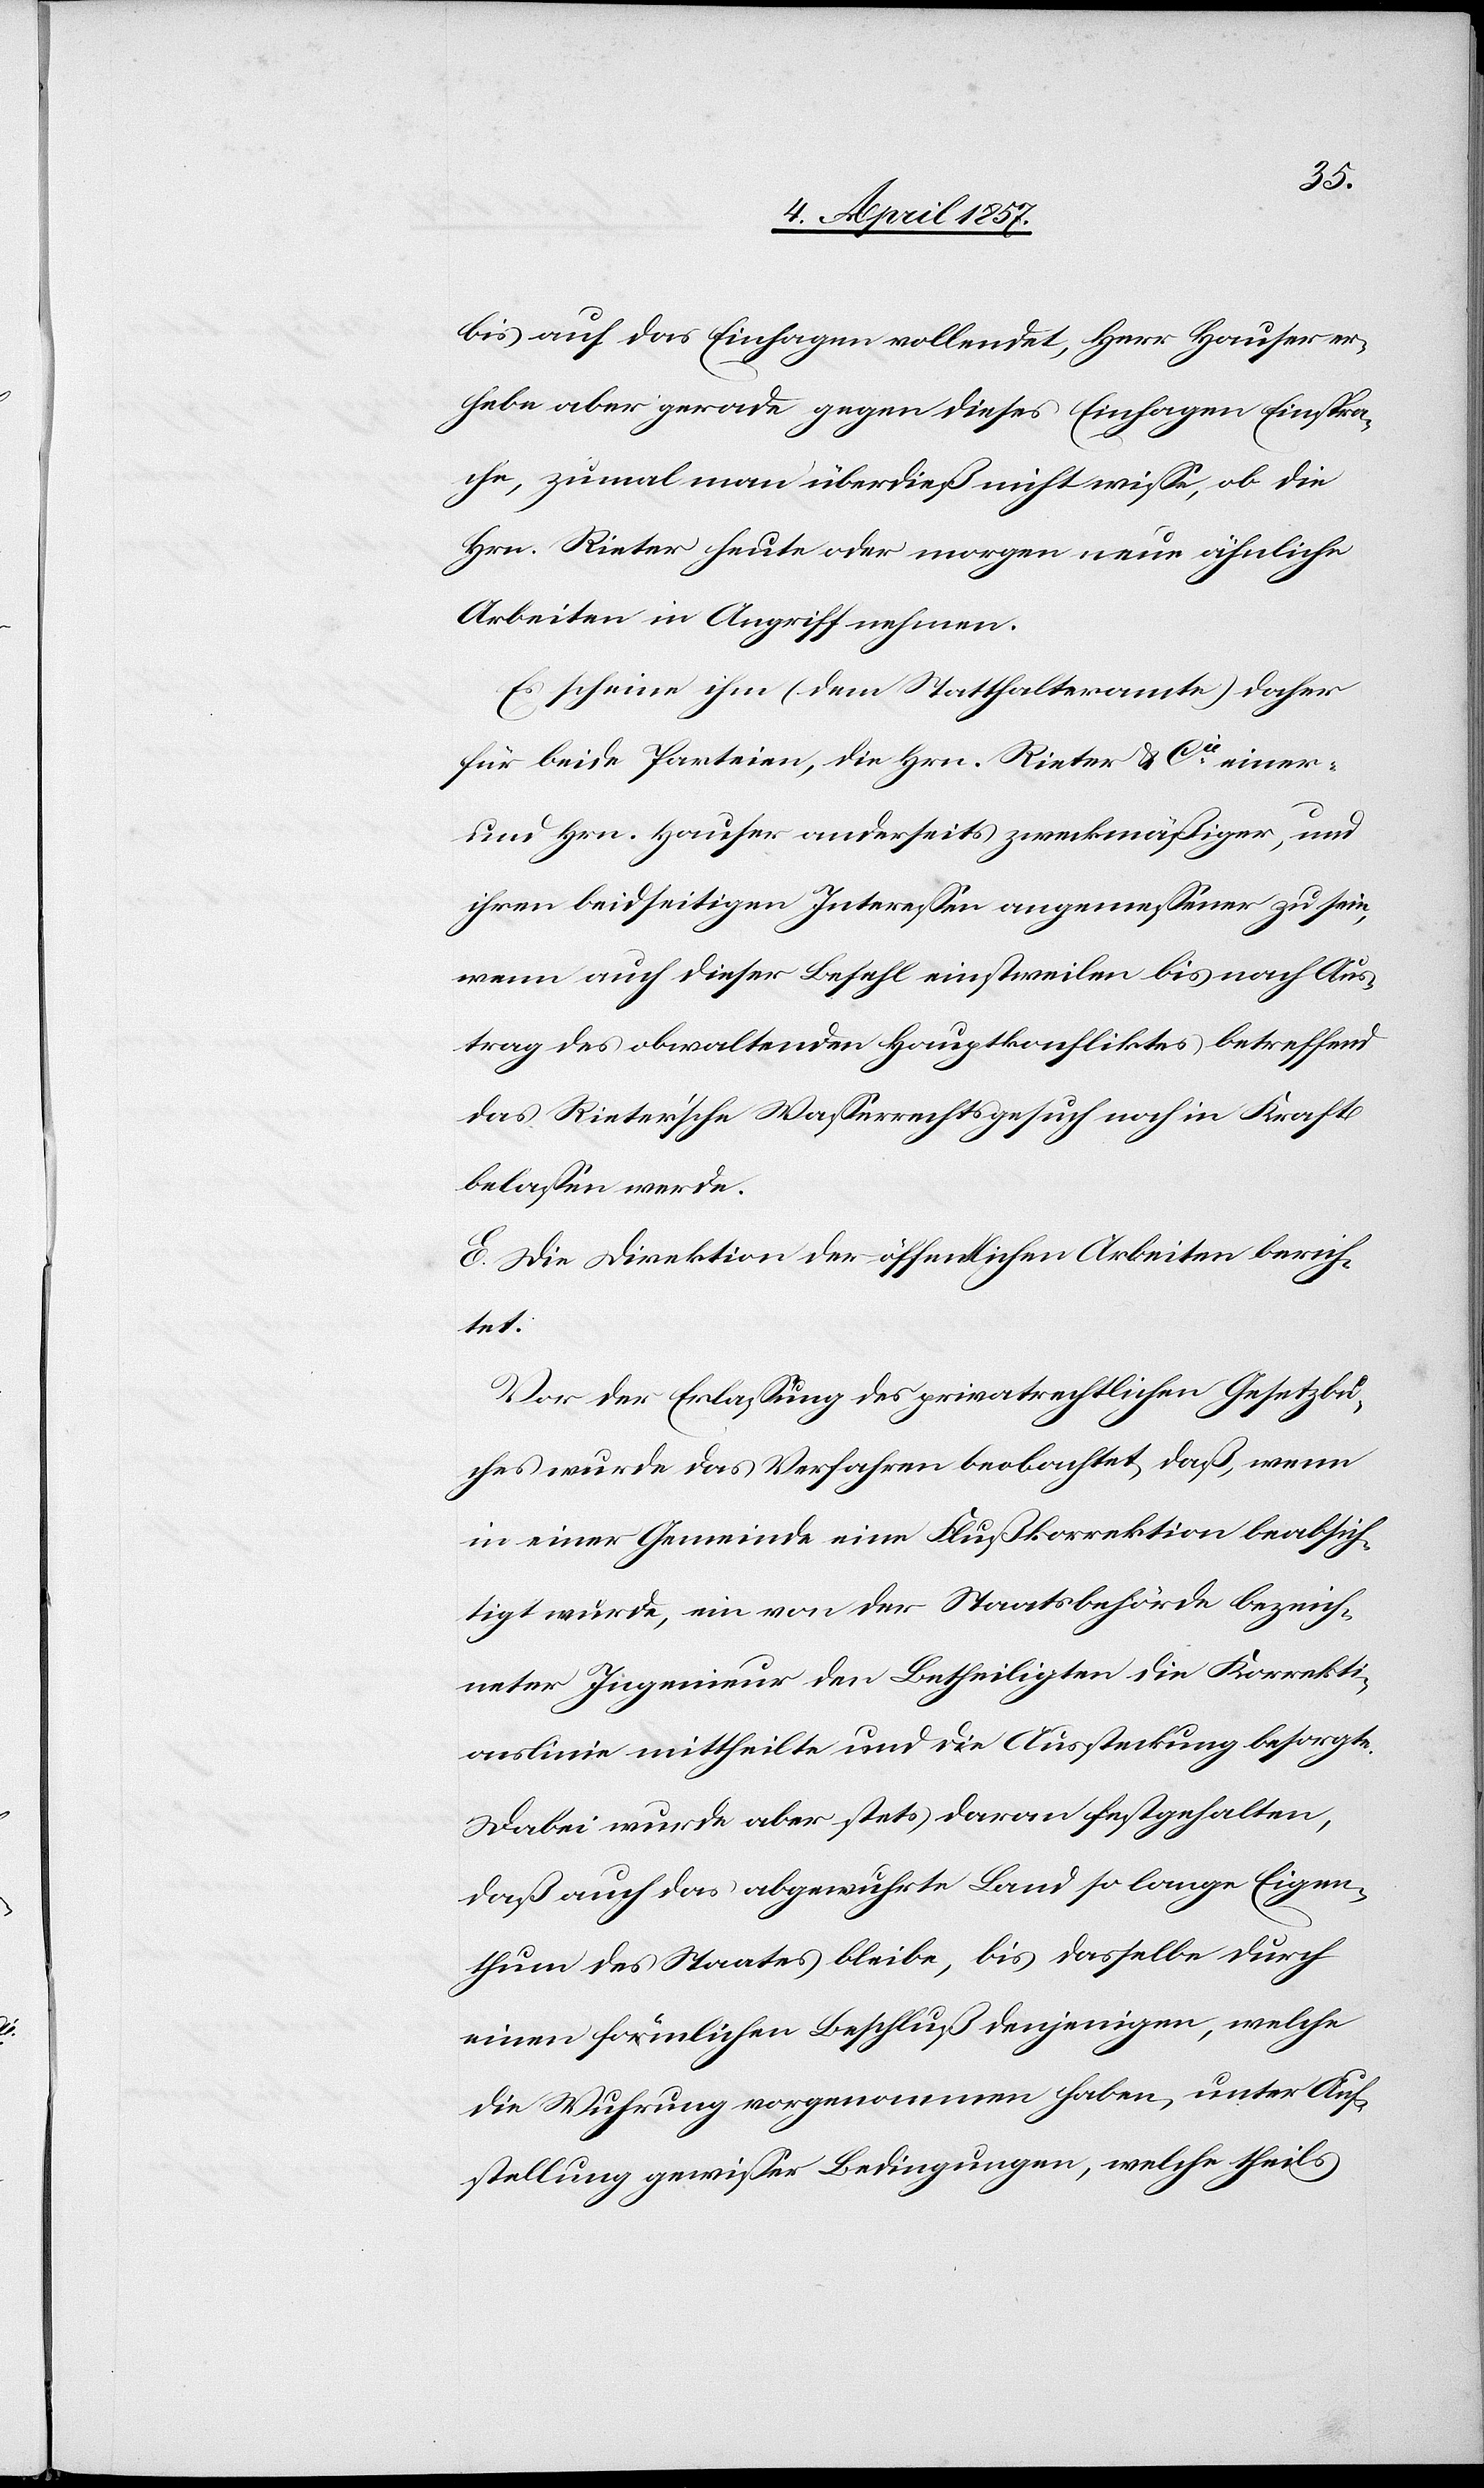
bis auf das Einhagen vollendet, Herr Hauser er¬
hebe aber gerade gegen dieses Einhagen Einspra¬
che, zumal man überdieß nicht wisse, ob die
Hrn. Rieter heute oder morgen neue ähnliche
Arbeiten in Angriff nehmen.
Es scheine ihm (dem Statthalteramte) daher
für beide Parteien, die Hrn. Rieter & Cie einer-
und Hrn. Hauser anderseits zweckmäßiger, und
ihren beidseitigen Interessen angemessener zu sein,
wenn auch dieser Befehl einstweilen bis nach Aus¬
trag des obwaltenden Hauptkonfliktes betreffend
das Rieter'sche Wasserrechtsgesuch noch in Kraft
belassen werde.
E. Die Direktion der öffentlichen Arbeiten berich¬
tet:
Vor der Erlassung des privatrechtlichen Gesetzbu¬
ches wurde das Verfahren beobachtet, daß, wenn
in einer Gemeinde eine Flußkorrektion beabsich¬
tigt wurde, ein von der Staatsbehörde bezeich¬
neter Ingenieur den Betheiligten die Korrekti¬
onslinie mittheilte und die Aussteckung besorgte.
Dabei wurde aber stets daran festgehalten,
daß auch das abgewuhrte Land so lange Eigen¬
thum des Staates bleibe, bis dasselbe durch
einen förmlichen Beschluß denjenigen, welche
die Wuhrung vorgenommen haben, unter Auf¬
stellung gewisser Bedingungen, welche theils